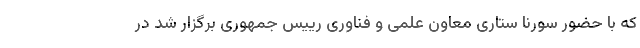
که با حضور سورنا ستاری معاون علمی و فناوری رییس جمهوری برگزار شد در